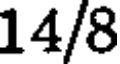
14/8